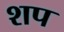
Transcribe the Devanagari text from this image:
शप